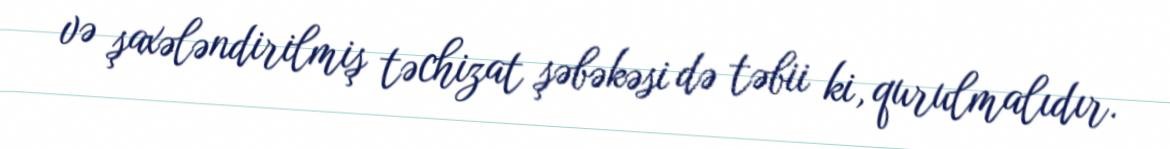
və şaxələndirilmiş təchizat şəbəkəsi də təbii ki, qurulmalıdır.